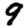
Digit: 9